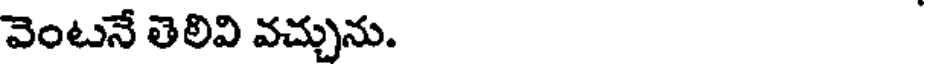
వెంటనే తెలివి వచ్చును.